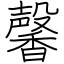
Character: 馨